Scottish Certificate of Education, 1962
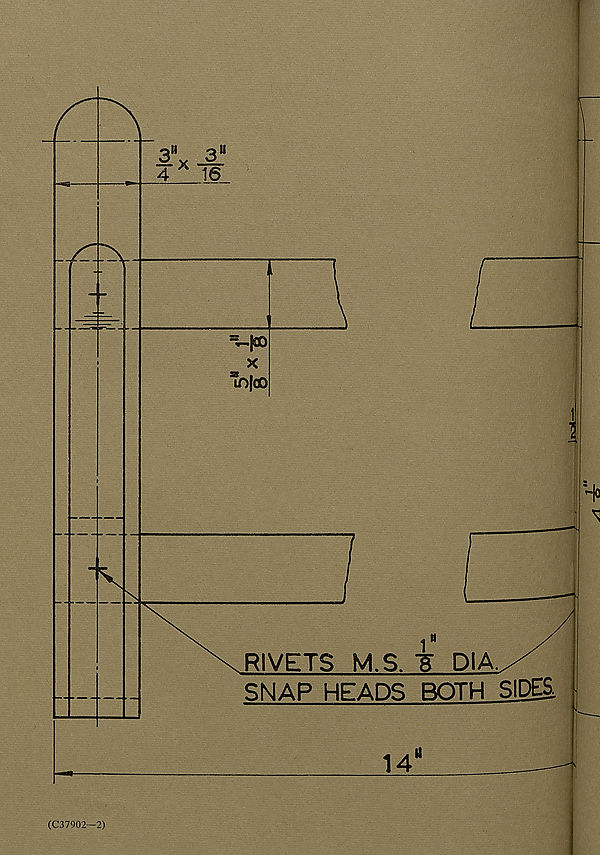
RIVETS M.S. -g DIA.X
SNAP HEADS BOTH SIDES,
14"
..